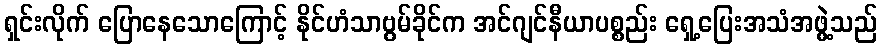
ရှင်းလိုက် ပြောနေသောကြောင့် နိုင်ဟံသာဗွမ်ခိုင်က အင်ဂျင်နီယာပစ္စည်း ရှေ့ပြေးအသံအဖွဲ့သည်